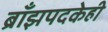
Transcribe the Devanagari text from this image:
ब्राँझपदकेही